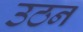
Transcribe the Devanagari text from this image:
उठन